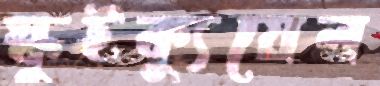
স্কুইক্যুয়েল